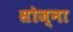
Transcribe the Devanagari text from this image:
सोज्ना